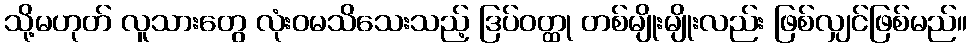
သို့မဟုတ် လူသားတွေ လုံးဝမသိသေးသည့် ဒြပ်ဝတ္ထု တစ်မျိုးမျိုးလည်း ဖြစ်လျှင်ဖြစ်မည်။